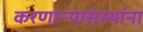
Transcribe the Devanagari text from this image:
करणाऱ्यासंस्थांना